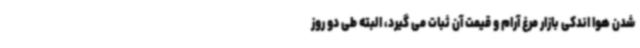
شدن هوا اندکی بازار مرغ آرام و قیمت آن ثبات می گیرد، البته طی دو روز